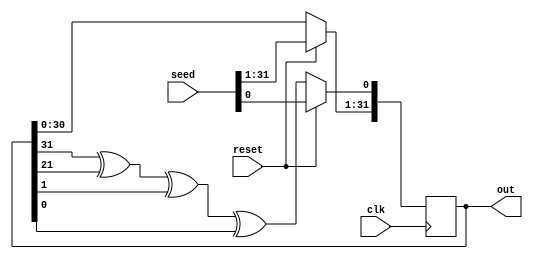
// Alex Hoffman, McGill University

// 32 bit lsfr based psuedo random number generator, outputs 32 bits
module prng_32 (clk, reset, seed, out);
input clk, reset;
input[31:0] seed;
output [31:0] out;

// 32,22,2,1 taps
reg[31:0] lsfr;
wire feedback;

// taps at 32,22,2,1
assign feedback = lsfr[31] ^ lsfr[21] ^ lsfr[1] ^ lsfr[0];

assign out = lsfr;

always @ (posedge clk) begin
    if (reset) begin
        lsfr <= seed;
    end
    else begin
        lsfr[31:1] <= lsfr[30:0];
        lsfr[0] <= feedback;
    end
end
endmodule